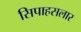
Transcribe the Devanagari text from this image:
सिपाहसलार